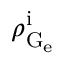
\rho _ { \mathrm { G } _ { \mathrm { e } } } ^ { \mathrm { i } }